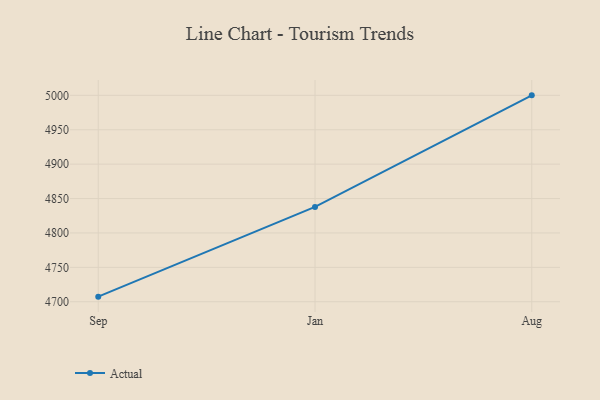
{"axis": {"x": "Month", "y": "Humidity (%)"}, "legend": ["Actual"], "data": [{"x": "Sep", "y": 4707.4, "type": "Actual"}, {"x": "Jan", "y": 4837.8, "type": "Actual"}, {"x": "Aug", "y": 5000, "type": "Actual"}]}